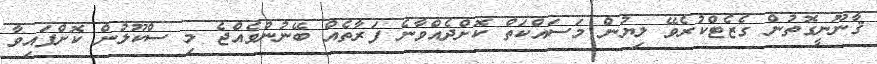
ޤާނޫނީގޮތުން ގެޒެޓްކުރެވޭ ލިޔުން މަސައްކަތް ކޮށްދެއްވާނެ ފަރާތެއް ބޭނުންވެއްޖެ މި ސްކޫލުން ކޮށްފައިވާ